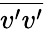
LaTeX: \overline{{v^{\prime}v^{\prime}}}